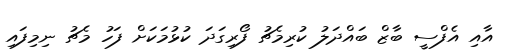
އާއި އެފްސީ ބާޒް ބައްދަލު ކުރިމެޗު ފޯރިގަދަ ކުޅުމަކަށް ފަހު މެޗު ނިމިފައި